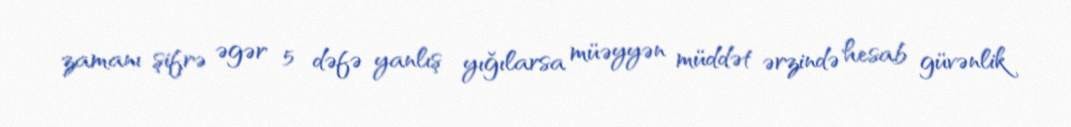
zamanı şifrə əgər 5 dəfə yanlış yığılarsa müəyyən müddət ərzində hesab güvənlik